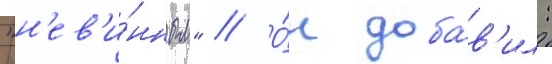
"н'ев'и́нным" // О́н доба́в'ил: